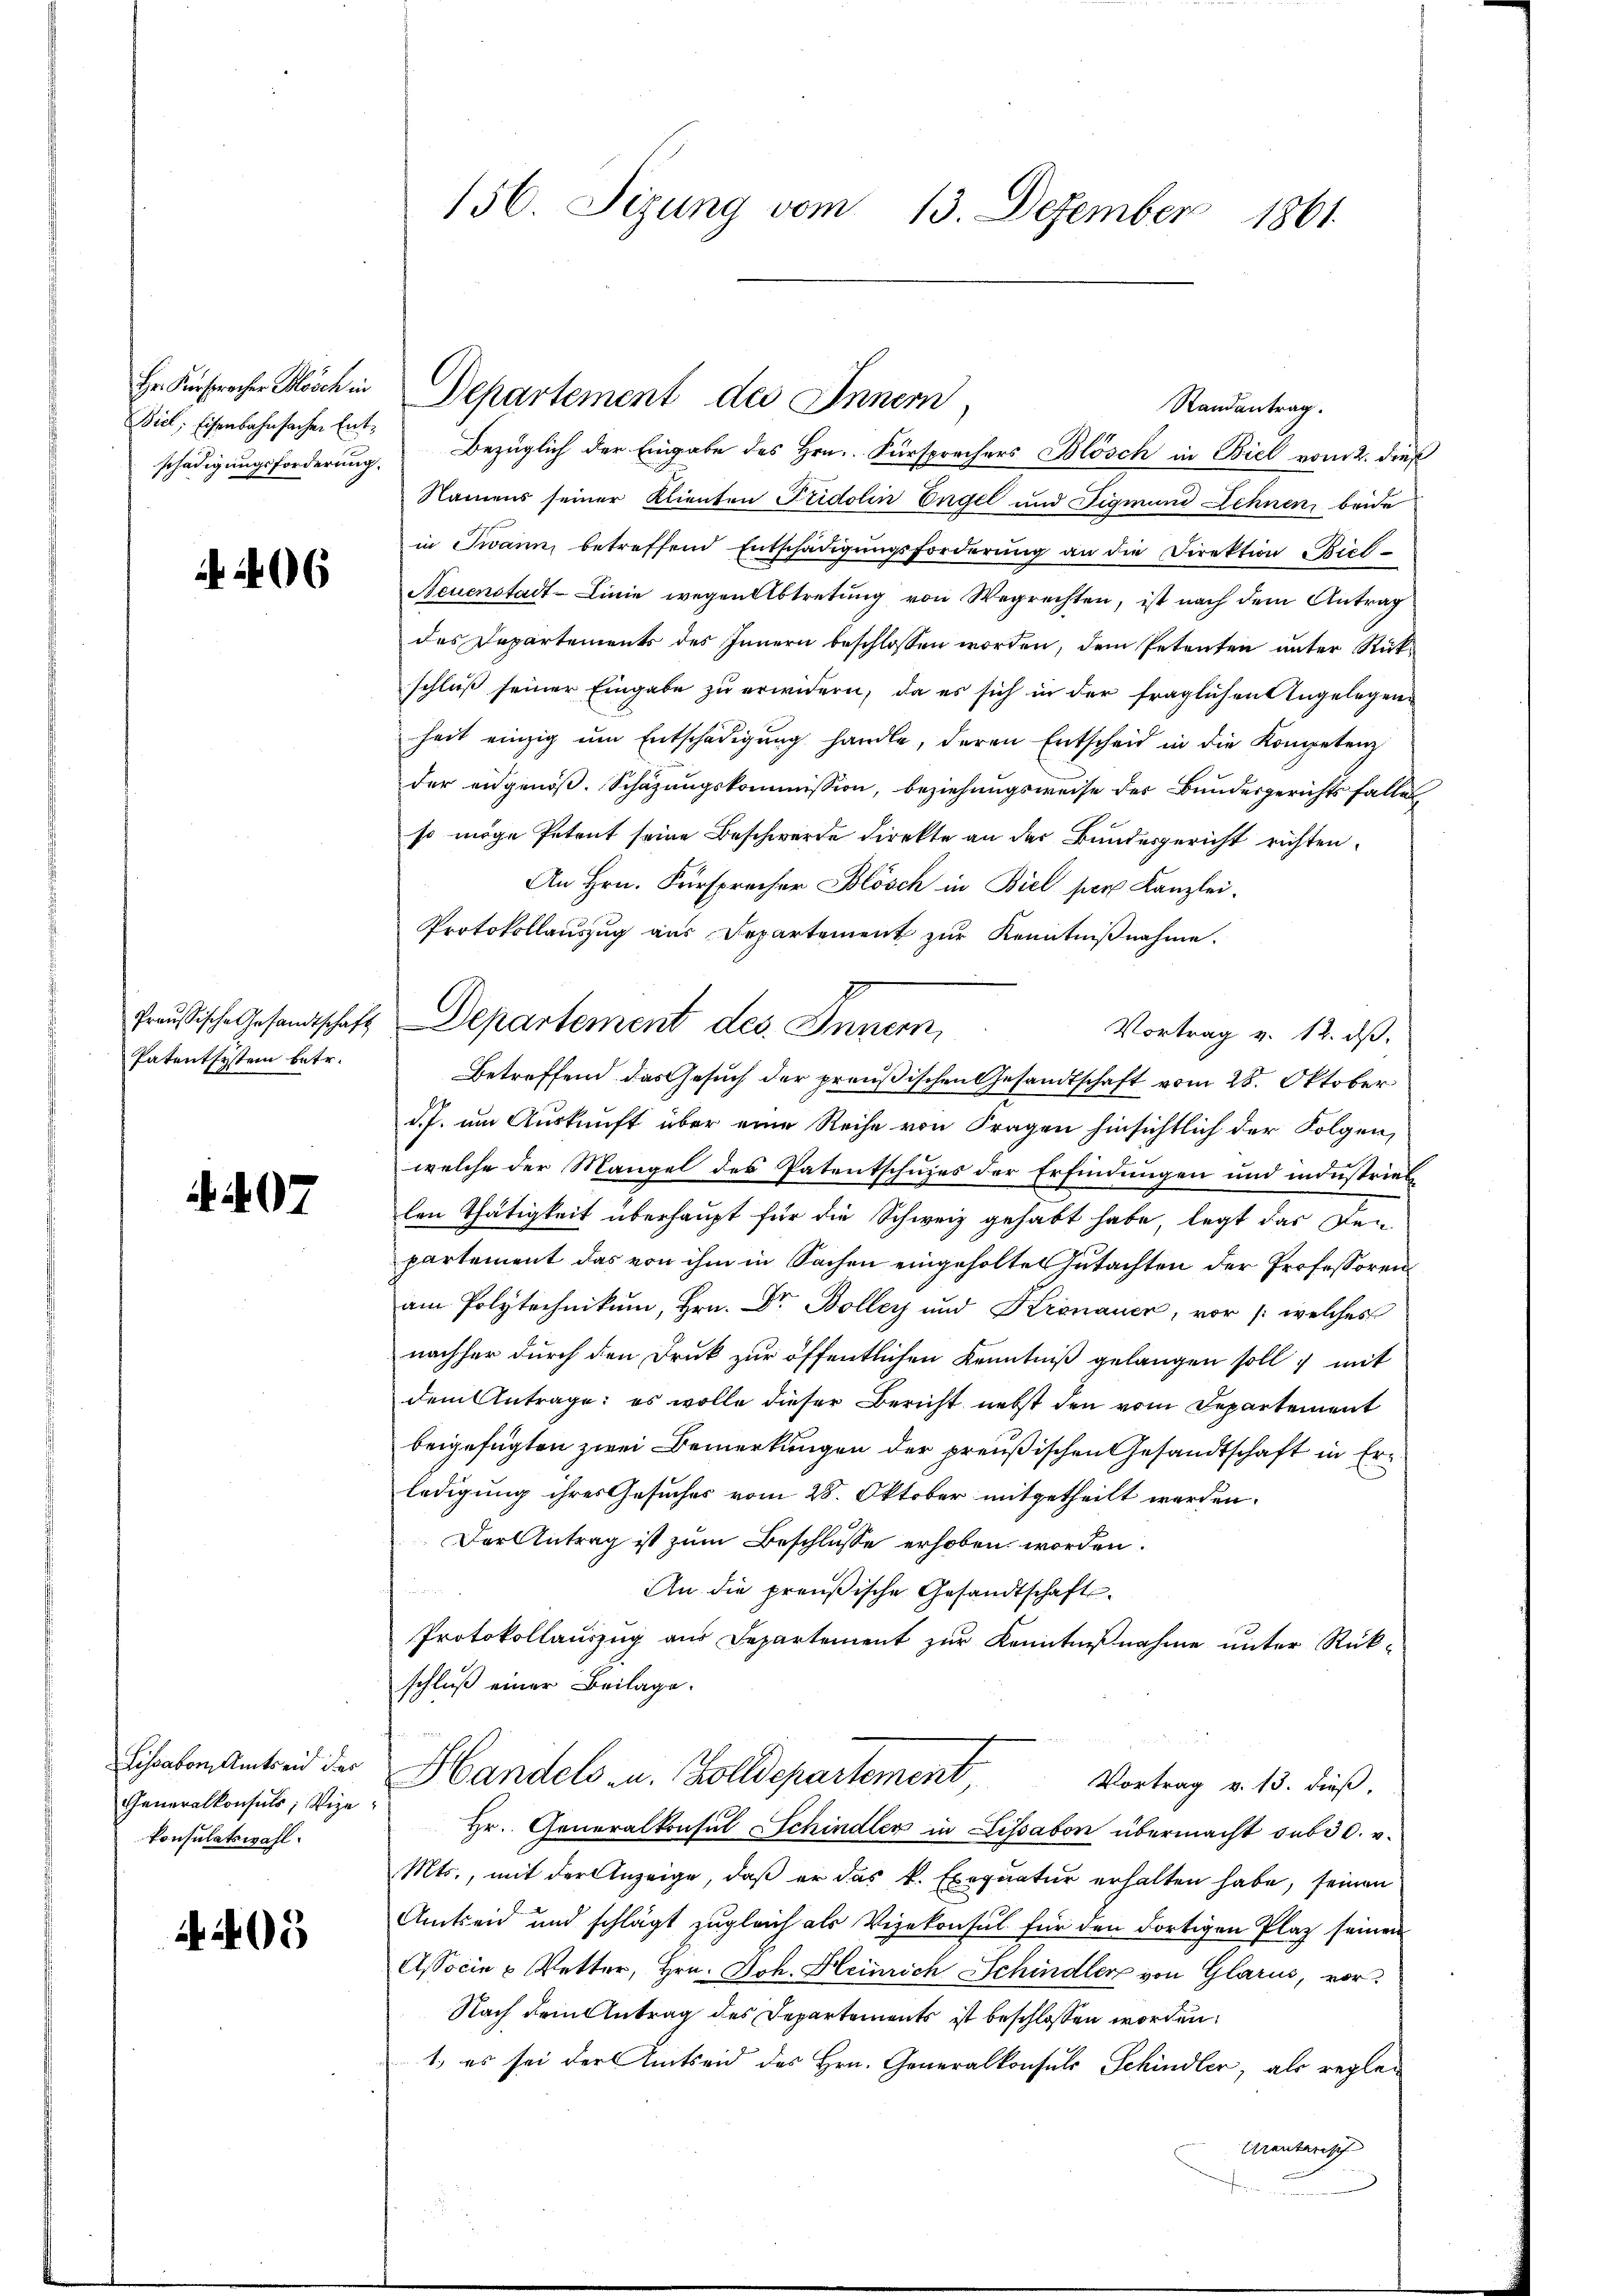
Biel, Eisenbahnfachen Ent¬

406

Preußische Gesandtschaft
Patentsystem betr.

07

Lissabon Amtseid des
Generalkonsuls, Vize
konsulatswahl.

45

156. Sizung vom 13. Dezember 1861.

Randantrag.
schädigungsforderung. Bezüglich der Eingabe des Hrn. Fürsprechers Blösch in Biel vom 2. dieß
Namens seiner Klienten Fridolin Engel und Sigmund Lehnen, beide
in Twann betreffend Entschädigŭngsforderŭng an die Direktion Biel-
Neuenstadt-Linie wegen Abtretŭng von Wegrechten, ist nach dem Antrag
des Departements des Innern beschlossen worden, dem Petenten unter Rückschluß seiner Eingabe zu erwidern, da es sich in der fraglichen Angelegenheit einzig um Entschädigŭng handle, deren Entscheid in die Kompetenz
der eidgenöß. Schazungskommission, beziehungsweise des Bundesgerichts fallen
so möge Petent seine Beschwerde direkte an der Bundesgericht richten.
An Hrn. Fürsprecher Blösch in Biel per Kanzlei.
Protokollauszug aus Departement zur Kenntnißnahme.
Vortrag v. 12. dß.
Betreffend das Gesuch der preußischen Gesandtschaft vom 28. Oktober
d.J. um Auskunft über eine Reihe von Fragen hinsichtlich der Folgen,
welche der Mangel des Patentschuzes der Erfindungen und industriel
len Thätigkeit überhaupt für die Schweiz gehabt habe, legt das Den
partement das von ihm in Sachen eingeholtes Gutachten der Professoren
am Polytechnikum, Hrn. Dr. Bolley und Kronauer, vor /: welches
nachher durch den Druk zur öffentlichen Kenntniß gelangen soll, mit
dem Antrage: es wolle dieser Bericht nebst den vom Departement
beigefügten zwei Bemerkungen der preußischen Gesandtschaft in Er
ledigung ihres Gesuches vom 28. Oktober mitgetheilt werden.
Der Antrag ist zum Beschlüsse erhoben worden.
An die preußische Gesandtschaft¬
Protokollauszug aus Departement zur Kenntnißnahme unter Rück-
schluß einer Beilage.
Handels u. Zolldepartement
Vortrag v. 13. dieß,
Hr. Generalkonsul Schindler in Lissabon übermacht sub 30. v.
Mts., mit der Anzeige, daß er das k. Exequatur erhalten habe, seinen
Amtseid und schlägt zugleich als Vizekonsul für den dortigen Platz seinen
Associe u Vetter, Hrn. Joh. Heinrich Schindler von Glarus, vor
Nach dem Antrag des Departements ist beschlossen worden,
1., es sei der Amtseid des Hrn. Generalkonsuls Schindler, als regle¬
Arentarisch

Hr. Fürspracher Blösch in Departement des Innern

Departement des Innern,